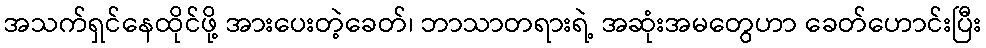
အသက်ရှင်နေထိုင်ဖို့ အားပေးတဲ့ခေတ်၊ ဘာသာတရားရဲ့ အဆုံးအမတွေဟာ ခေတ်ဟောင်းပြီး